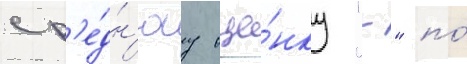
ср'е́дн'юу оце́нку "-" по́